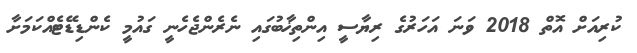
ކުރިއަށް އޮތް 2018 ވަނަ އަހަރުގެ ރިޔާސީ އިންތިޚާބުގައި ނެރެންޖެހެނީ ގައުމީ ކެންޑިޑޭޓެއްކަމަށާ